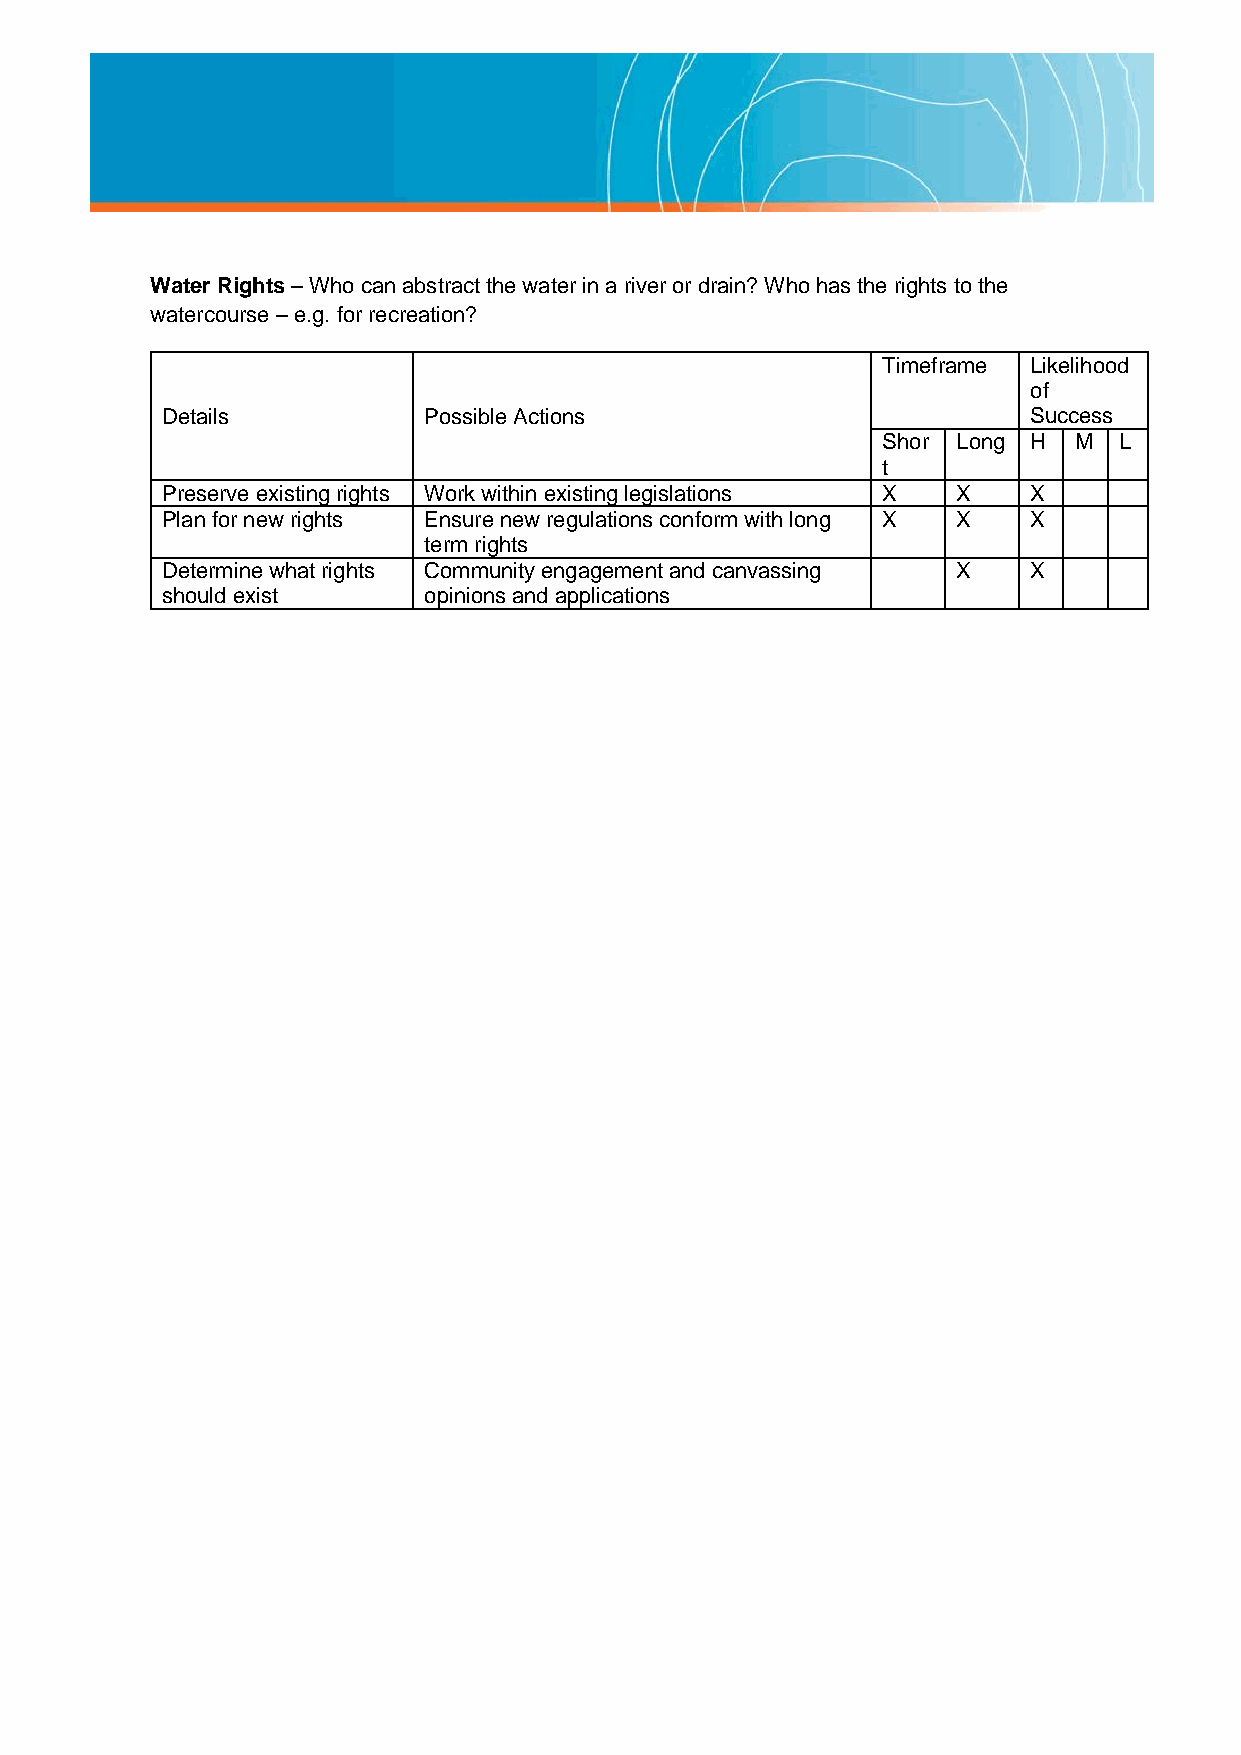
Water Rights – Who can abstract the water in a river or drain? Who has the rights to the
 watercourse – e.g. for recreation?
 Timeframe Likelihood
 of
 Details          Possible Actions                        Success
 Shor Long H  M  L
 t
 Preserve existing rights Work within existing legislations X X X
 Plan for new rights Ensure new regulations conform with long X X X
 term rights
 Determine what rights Community engagement and canvassing X X
 should exist     opinions and applications